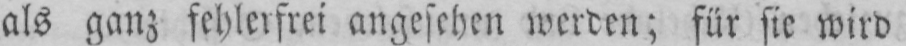
als ganz fehlerfrei angesehen werden; für sie wird